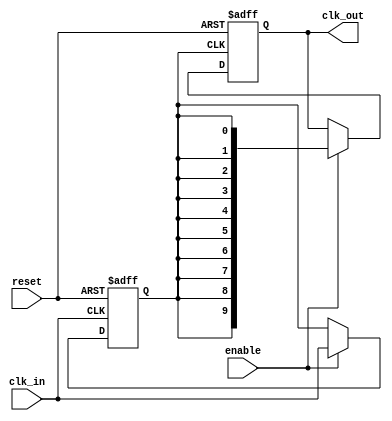
module HighFanoutClockBuffer #(
    parameter N = 10 // Number of outputs
)(
    input wire clk_in,      // Input clock signal
    input wire enable,      // Enable signal for the buffer
    input wire reset,       // Reset signal
    output reg [N-1:0] clk_out // Output clock signals
);

// Internal signal for the buffered clock
reg clk_buffer;

// Clock shaping logic (simple example)
always @(posedge clk_in or posedge reset) begin
    if (reset) begin
        clk_buffer <= 1'b0;
    end else if (enable) begin
        clk_buffer <= clk_in; // Buffer the input clock
    end
end

// Distributing the buffered clock to multiple outputs
always @(posedge clk_buffer or posedge reset) begin
    if (reset) begin
        clk_out <= {N{1'b0}}; // Reset all outputs to 0
    end else if (enable) begin
        clk_out <= {N{clk_buffer}}; // Drive all outputs with the buffered clock
    end
end

endmodule